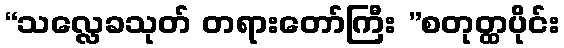
“သလ္လေခသုတ် တရားတော်ကြီး ”စတုတ္ထပိုင်း